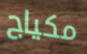
مكياج